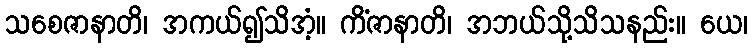
သစေဇာနာတိ၊ အကယ်၍သိအံ့။ ကိံဇာနာတိ၊ အဘယ်သို့သိသနည်း။ ယေ၊